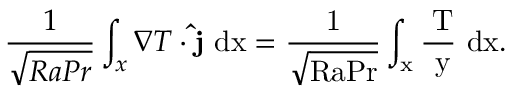
\frac { 1 } { \sqrt { R a P r } } \int _ { x } \nabla T \cdot \mathbf { \hat { j } } \ \mathrm { { d } x = \frac { 1 } { \sqrt { R a P r } } \int _ { x } \frac { \partial T } { \partial y } \ \mathrm { { d } x . } }